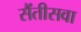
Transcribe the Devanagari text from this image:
सैंतीसवा